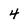
Character: 4